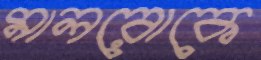
মালরোকে